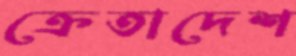
ক্রেতাদেশ